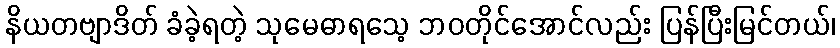
နိယတဗျာဒိတ် ခံခဲ့ရတဲ့ သုမေဓာရသေ့ ဘဝတိုင်အောင်လည်း ပြန်ပြီးမြင်တယ်၊